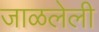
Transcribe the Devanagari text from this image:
जाळलेली